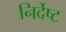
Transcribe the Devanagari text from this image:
निर्देष्ट